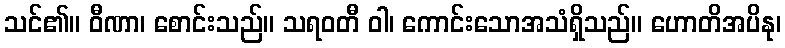
သင်၏။ ဝီဏာ၊ စောင်းသည်။ သရဝတီ ဝါ၊ ကောင်းသောအသံရှိသည်။ ဟောတိအပိနု၊